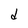
Character: d